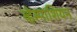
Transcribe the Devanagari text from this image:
व्हेस्पाशियन